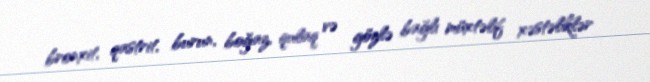
bronxit, qastrit, burun, boğaz, qulaq və gözlə bağlı müxtəlif xəstəliklər